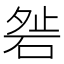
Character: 𥓇